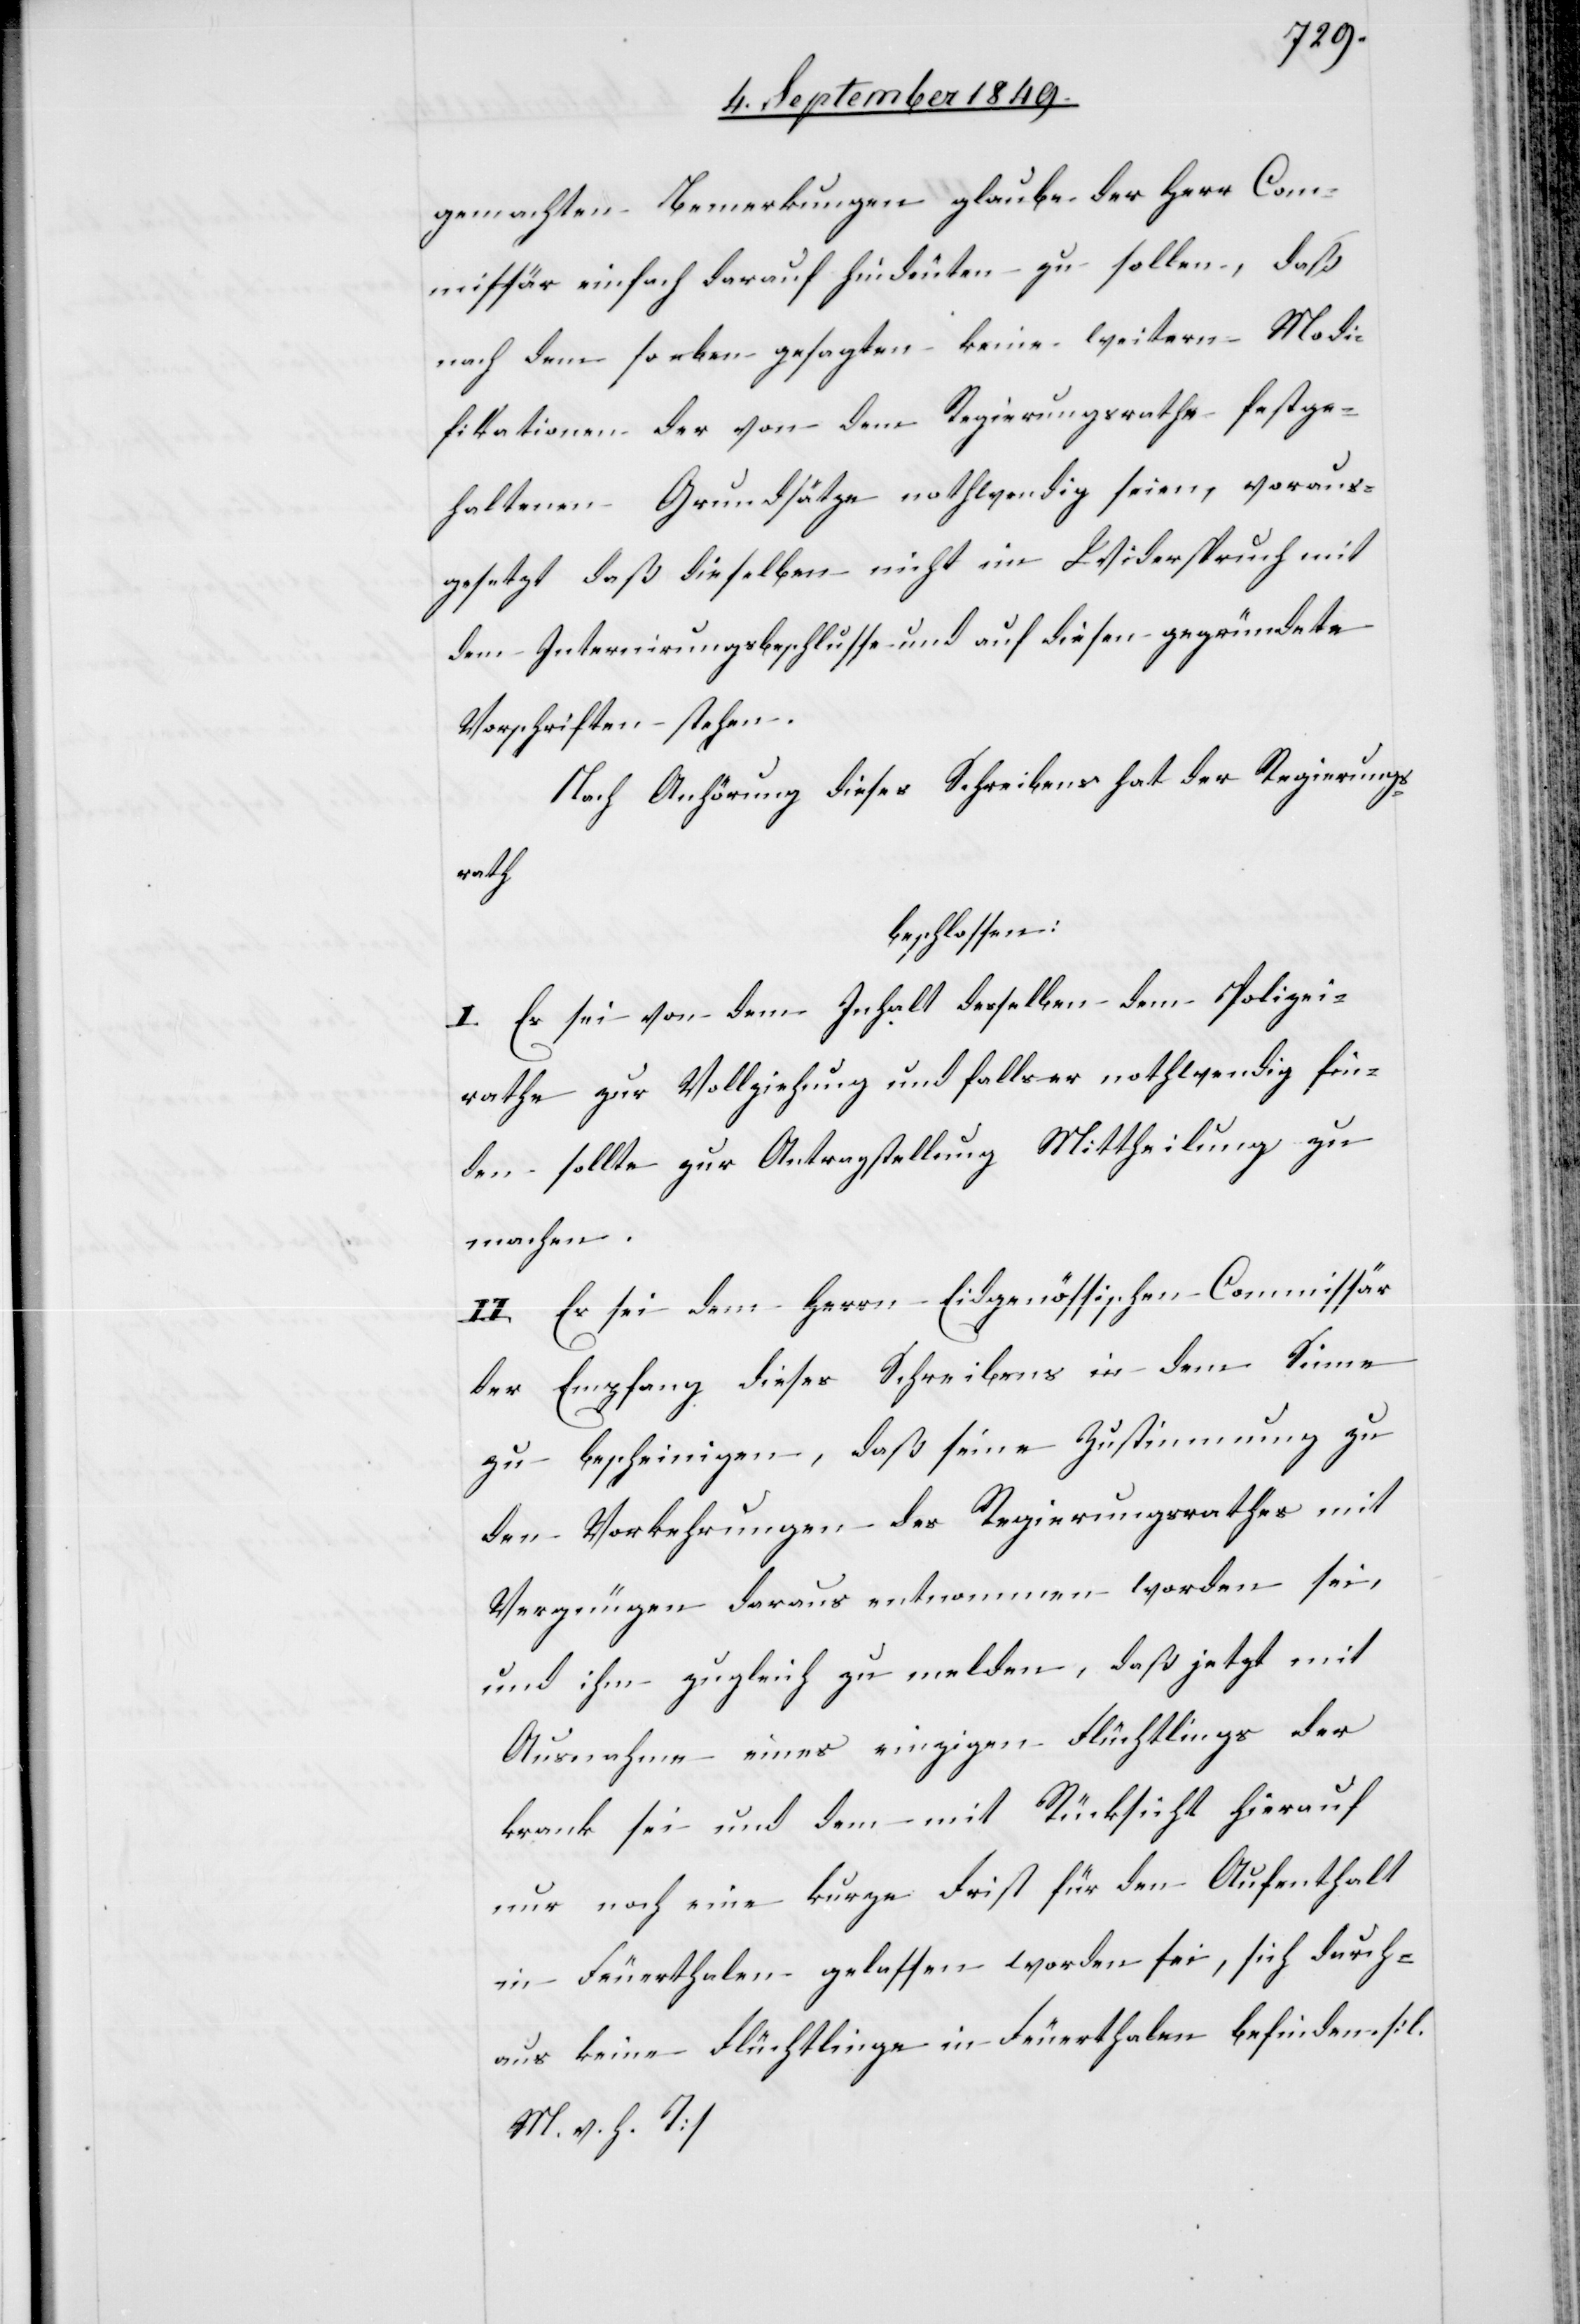
gemachten Bemerkungen glaube der Herr Com¬
missär einfach darauf hindeuten zu sollen, daß
nach dem so eben gesagten keine weitern Modi¬
fikationen der von dem Regierungsrathe festge¬
haltenen Grundsätze nothwendig seien, voraus¬
gesetzt daß dieselben nicht im Widerspruch mit
dem Internirungsbeschlusse und auf diesen gegründete
Vorschriften stehen.
Nach Anhörung dieses Schreibens hat der Regierungs¬
rath
beschlossen:
I. Es sei von dem Inhalt desselben dem Polizei¬
rathe zur Vollziehung und falls er nothwendig fin¬
den sollte zur Antragstellung Mittheilung zu
machen.
II. Es sei dem Herrn Eidgenössischen Commissär
der Empfang dieses Schreibens in dem Sinne
zu bescheinigen, daß seine Zustimmung zu
den Vorkehrungen des Regierungsrathes mit
Vergnügen daraus entnommen worden sei,
und ihm zugleich zu melden, daß jetzt mit
Ausnahme eines einzigen Flüchtlings der
krank sei und dem mit Rücksicht hierauf
nur noch eine kurze Frist für den Aufenthalt
in Feuerthalen gelassen worden sei, sich durch¬
aus keine Flüchtlinge in Feuerthalen befinden. [l.
M. v. h. T]